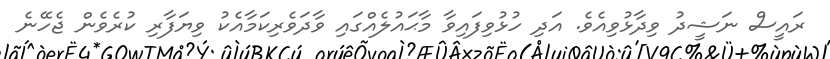
ރައީސް ނަޝީދު ވިދާޅުވިއެވެ. އަދި ހުޅުވިފައިވާ މާޙައުލެއްގައި ވާދަވެރިކަމާއެކު ވިޔަފާރި ކުރެވެން ޖެހޭނެ